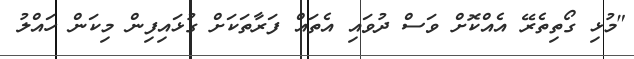
"މުޅި ގޯތިތެރޭ އެއްކޮށް ވަސް ދުވައި އެތައް ފަރާތަކަށް ގުޅައިފިން މިކަން ހައްލު